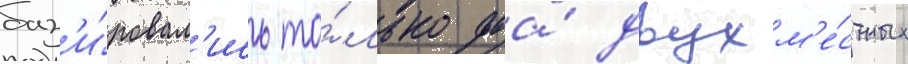
баз'и́ровал'ись то́лько два́ двухм'е́стных